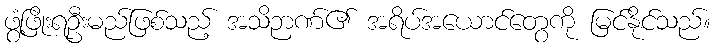
ဖွံ့ဖြိုးရဦးမည်ဖြစ်သည့် အသိဉာဏ်၏ အရိပ်အယောင်တွေကို မြင်နိုင်သည်။